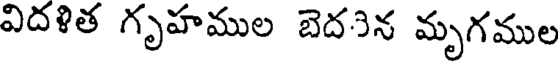
విదళిత గృహముల బెద3న మృగముల